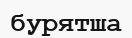
бурятша